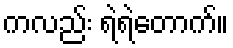
ကလည်း ရဲရဲတောက်။